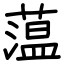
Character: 蕰